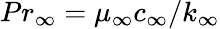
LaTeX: Pr_{\infty}=\mu_{\infty}c_{\infty}/k_{\infty}